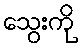
သွေးကို